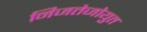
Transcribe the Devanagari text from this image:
निजतेजोयुत